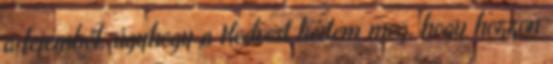
a fejemből, úgyhogy a Kedvest kértem meg, hogy hozzon